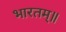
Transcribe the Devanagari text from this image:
भारतम्॥